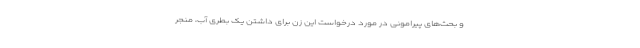
و بحث‌های پیرامونی در مورد درخواست این زن برای داشتن یک بطری آب، منجر